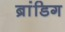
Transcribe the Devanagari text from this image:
ब्रांडिग